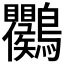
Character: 𪈱